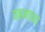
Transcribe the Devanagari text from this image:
वहनाच्या